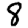
Digit: 8